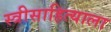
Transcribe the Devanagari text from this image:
स्त्रीसाहित्याला